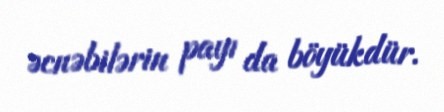
əcnəbilərin payı da böyükdür.